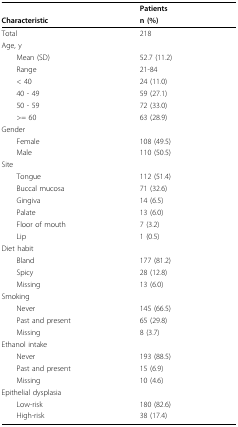
<table><thead><tr><td></td><td><b>Patients</b></td></tr><tr><td><b>Characteristic</b></td><td><b>n (%)</b></td></tr></thead><tbody><tr><td>Total</td><td>218</td></tr><tr><td>Age, y</td><td></td></tr><tr><td> Mean (SD)</td><td>52.7 (11.2)</td></tr><tr><td> Range</td><td>21-84</td></tr><tr><td> &lt; 40</td><td>24 (11.0)</td></tr><tr><td> 40 - 49</td><td>59 (27.1)</td></tr><tr><td> 50 - 59</td><td>72 (33.0)</td></tr><tr><td> &gt;= 60</td><td>63 (28.9)</td></tr><tr><td>Gender</td><td></td></tr><tr><td> Female</td><td>108 (49.5)</td></tr><tr><td> Male</td><td>110 (50.5)</td></tr><tr><td>Site</td><td></td></tr><tr><td> Tongue</td><td>112 (51.4)</td></tr><tr><td> Buccal mucosa</td><td>71 (32.6)</td></tr><tr><td> Gingiva</td><td>14 (6.5)</td></tr><tr><td> Palate</td><td>13 (6.0)</td></tr><tr><td> Floor of mouth</td><td>7 (3.2)</td></tr><tr><td> Lip</td><td>1 (0.5)</td></tr><tr><td>Diet habit</td><td></td></tr><tr><td> Bland</td><td>177 (81.2)</td></tr><tr><td> Spicy</td><td>28 (12.8)</td></tr><tr><td> Missing</td><td>13 (6.0)</td></tr><tr><td>Smoking</td><td></td></tr><tr><td> Never</td><td>145 (66.5)</td></tr><tr><td> Past and present</td><td>65 (29.8)</td></tr><tr><td> Missing</td><td>8 (3.7)</td></tr><tr><td>Ethanol intake</td><td></td></tr><tr><td> Never</td><td>193 (88.5)</td></tr><tr><td> Past and present</td><td>15 (6.9)</td></tr><tr><td> Missing</td><td>10 (4.6)</td></tr><tr><td>Epithelial dysplasia</td><td></td></tr><tr><td> Low-risk</td><td>180 (82.6)</td></tr><tr><td> High-risk</td><td>38 (17.4)</td></tr></tbody></table>